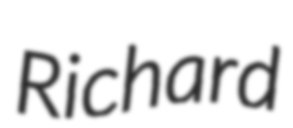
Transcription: Richard